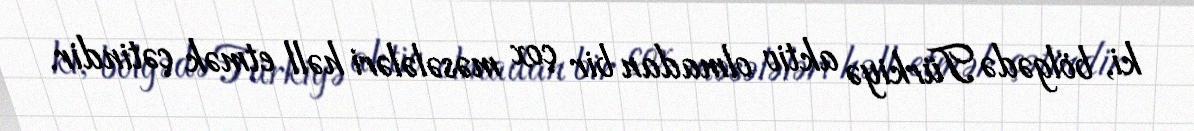
ki, bölgədə Türkiyə aktiv olmadan bir çox məsələləri həll etmək çətindir.